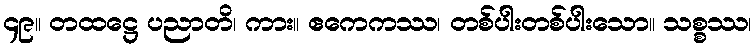
၄၉။ တထဋ္ဌေ ပညာတိ၊ ကား။ ဧကေကဿ၊ တစ်ပါးတစ်ပါးသော။ သစ္စဿ၊